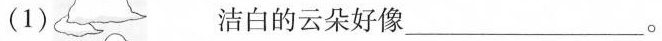
(1) 洁白的云朵好像___